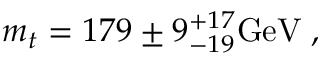
m _ { t } = 1 7 9 \pm 9 _ { - 1 9 } ^ { + 1 7 } \mathrm { G e V } \; ,